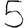
Digit: 5